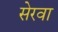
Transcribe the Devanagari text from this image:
सेरवा